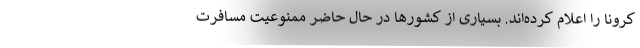
کرونا را اعلام کرده‌اند. بسیاری از کشورها در حال حاضر ممنوعیت مسافرت